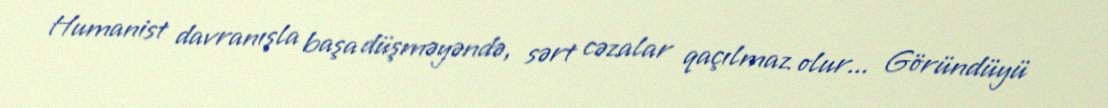
Humanist davranışla başa düşməyəndə, sərt cəzalar qaçılmaz olur... Göründüyü